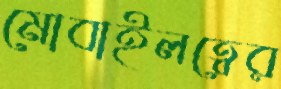
মোবাইলত্বের